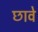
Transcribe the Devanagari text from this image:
छावे